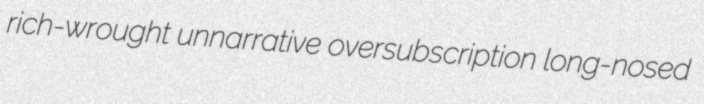
rich-wrought unnarrative oversubscription long-nosed